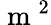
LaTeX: \mathrm{~m~}^{2}